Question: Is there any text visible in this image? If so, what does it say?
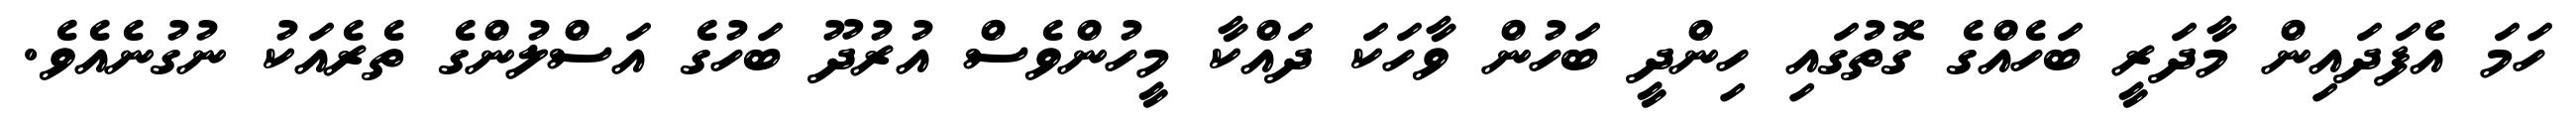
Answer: ހަމަ އެފަދައިން މާދަރީ ބަހެއްގެ ގޮތުގައި ހިންދީ ބަހުން ވާހަކަ ދައްކާ މީހުންވެސް އުރުދޫ ބަހުގެ އަސްލުންގެ ތެރެއަކު ނުގުނެއެވެ.